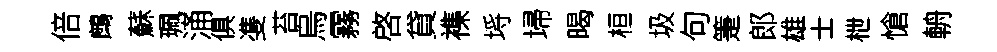
倍鷓蘇珮涌俱㕠苔烏霧啓貸襍埓埽暍桓圾句箑郎雄士枻愴輈